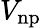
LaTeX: V_{\mathrm{np}}